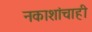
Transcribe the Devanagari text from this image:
नकाशांचाही